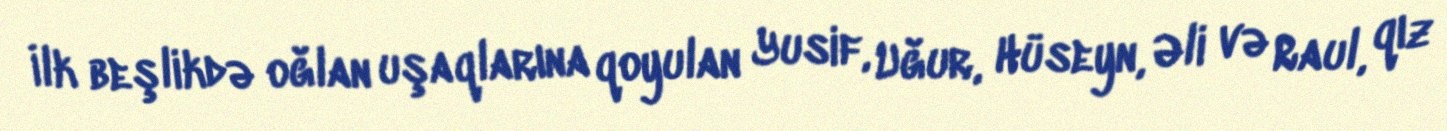
İlk beşlikdə oğlan uşaqlarına qoyulan Yusif, Uğur, Hüseyn, Əli və Raul, qız